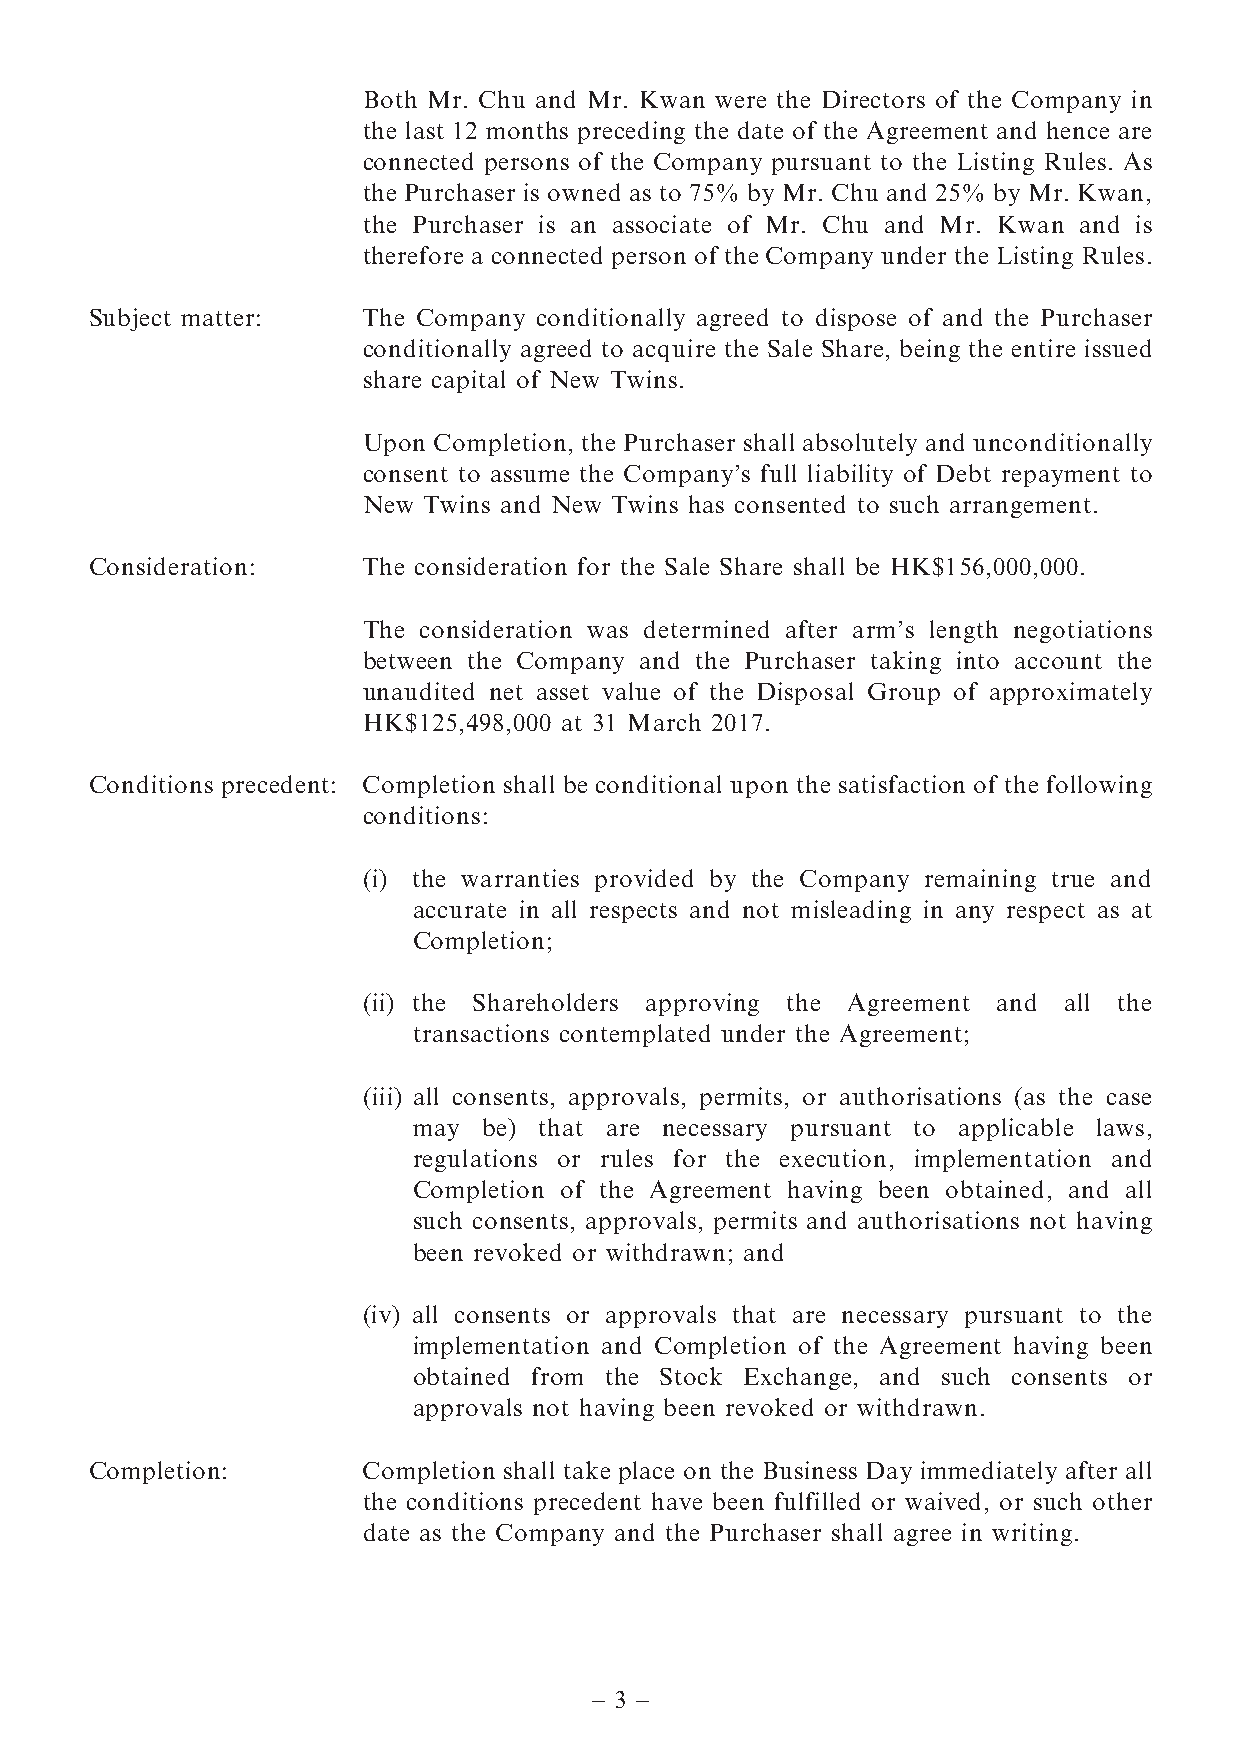
Both Mr. Chu and Mr. Kwan were the Directors of the Company in
 the last 12 months preceding the date of the Agreement and hence are
 connected persons of the Company pursuant to the Listing Rules. As
 the Purchaser is owned as to 75% by Mr. Chu and 25% by Mr. Kwan,
 the Purchaser is an associate of Mr. Chu and Mr. Kwan and is
 therefore a connected person of the Company under the Listing Rules.
 Subject matter:   The Company conditionally agreed to dispose of and the Purchaser
 conditionally agreed to acquire the Sale Share, being the entire issued
 share capital of New Twins.
 Upon Completion, the Purchaser shall absolutely and unconditionally
 consent to assume the Company’s full liability of Debt repayment to
 New Twins and New Twins has consented to such arrangement.
 Consideration:    The consideration for the Sale Share shall be HK$156,000,000.
 The consideration was determined after arm’s length negotiations
 between the Company and the Purchaser taking into account the
 unaudited net asset value of the Disposal Group of approximately
 HK$125,498,000 at 31 March 2017.
 Conditions precedent: Completion shall be conditional upon the satisfaction of the following
 conditions:
 (i) the warranties provided by the Company remaining true and
 accurate in all respects and not misleading in any respect as at
 Completion;
 (ii) the Shareholders approving the Agreement and all the
 transactions contemplated under the Agreement;
 (iii) all consents, approvals, permits, or authorisations (as the case
 may  be) that are necessary pursuant to applicable laws,
 regulations or rules for the execution, implementation and
 Completion of the Agreement having been obtained, and all
 such consents, approvals, permits and authorisations not having
 been revoked or withdrawn; and
 (iv) all consents or approvals that are necessary pursuant to the
 implementation and Completion of the Agreement having been
 obtained from the Stock Exchange, and such consents or
 approvals not having been revoked or withdrawn.
 Completion:       Completion shall take place on the Business Day immediately after all
 the conditions precedent have been fulfilled or waived, or such other
 date as the Company and the Purchaser shall agree in writing.
 – 3 –